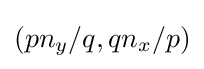
(pn_{y}/q,qn_{x}/p)